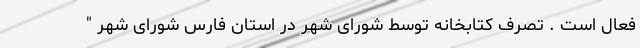
فعال است . تصرف کتابخانه توسط شورای شهر در استان فارس شورای شهر "